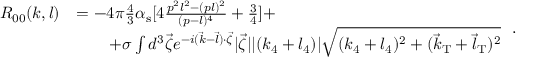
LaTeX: \begin{array} { l l } { { R _ { 0 0 } ( k , l ) } } & { { = - 4 \pi { \frac { 4 } { 3 } } \alpha _ { \mathrm { s } } [ 4 { \frac { p ^ { 2 } l ^ { 2 } - ( p l ) ^ { 2 } } { ( p - l ) ^ { 4 } } } + { \frac { 3 } { 4 } } ] + \nonumber } } \\ { { } } & { { \qquad + \sigma \int d ^ { 3 } \vec { \zeta } e ^ { - i ( \vec { k } - \vec { l } ) \cdot \vec { \zeta } } \vert { \vec { \zeta } } \vert \vert ( k _ { 4 } + l _ { 4 } ) \vert \sqrt { ( k _ { 4 } + l _ { 4 } ) ^ { 2 } + ( \vec { k } _ { \mathrm { T } } + \vec { l } _ { \mathrm { T } } ) ^ { 2 } } } } \end{array} \, .